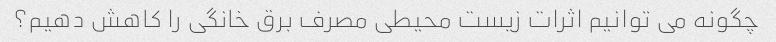
چگونه می توانیم اثرات زیست محیطی مصرف برق خانگی را کاهش دهیم؟